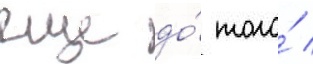
еще до́ того́ /